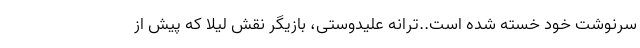
سرنوشت خود خسته شده است..ترانه علیدوستی، بازیگر نقش لیلا که پیش از